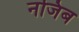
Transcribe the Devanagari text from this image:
नजिब